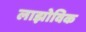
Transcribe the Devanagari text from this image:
लाझोविक